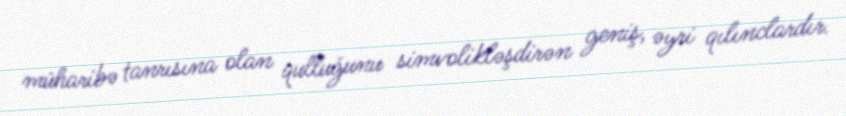
müharibə tanrısına olan qulluğunu simvolikləşdirən geniş, əyri qılınclardır.